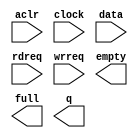
// megafunction wizard: %FIFO%VBB%
// GENERATION: STANDARD
// VERSION: WM1.0
// MODULE: scfifo 

// ============================================================
// Megafunction Name(s):
// 			scfifo
//
// Simulation Library Files(s):
// 			altera_mf
// ============================================================
// ************************************************************
// THIS IS A WIZARD-GENERATED FILE. DO NOT EDIT THIS FILE!
//
// 9.1 Build 350 03/24/2010 SP 2 SJ Full Version
// ************************************************************

//Copyright (C) 1991-2010 Altera Corporation
//Your use of Altera Corporation's design tools, logic functions 
//and other software and tools, and its AMPP partner logic 
//functions, and any output files from any of the foregoing 
//(including device programming or simulation files), and any 
//associated documentation or information are expressly subject 
//to the terms and conditions of the Altera Program License 
//Subscription Agreement, Altera MegaCore Function License 
//Agreement, or other applicable license agreement, including, 
//without limitation, that your use is for the sole purpose of 
//programming logic devices manufactured by Altera and sold by 
//Altera or its authorized distributors.  Please refer to the 
//applicable agreement for further details.

module Fifo_16x48 (
	aclr,
	clock,
	data,
	rdreq,
	wrreq,
	empty,
	full,
	q);

	input	  aclr;
	input	  clock;
	input	[47:0]  data;
	input	  rdreq;
	input	  wrreq;
	output	  empty;
	output	  full;
	output	[47:0]  q;

endmodule

// ============================================================
// CNX file retrieval info
// ============================================================
// Retrieval info: PRIVATE: AlmostEmpty NUMERIC "0"
// Retrieval info: PRIVATE: AlmostEmptyThr NUMERIC "-1"
// Retrieval info: PRIVATE: AlmostFull NUMERIC "0"
// Retrieval info: PRIVATE: AlmostFullThr NUMERIC "-1"
// Retrieval info: PRIVATE: CLOCKS_ARE_SYNCHRONIZED NUMERIC "1"
// Retrieval info: PRIVATE: Clock NUMERIC "0"
// Retrieval info: PRIVATE: Depth NUMERIC "16"
// Retrieval info: PRIVATE: Empty NUMERIC "1"
// Retrieval info: PRIVATE: Full NUMERIC "1"
// Retrieval info: PRIVATE: INTENDED_DEVICE_FAMILY STRING "Arria GX"
// Retrieval info: PRIVATE: LE_BasedFIFO NUMERIC "0"
// Retrieval info: PRIVATE: LegacyRREQ NUMERIC "0"
// Retrieval info: PRIVATE: MAX_DEPTH_BY_9 NUMERIC "0"
// Retrieval info: PRIVATE: OVERFLOW_CHECKING NUMERIC "0"
// Retrieval info: PRIVATE: Optimize NUMERIC "2"
// Retrieval info: PRIVATE: RAM_BLOCK_TYPE NUMERIC "0"
// Retrieval info: PRIVATE: SYNTH_WRAPPER_GEN_POSTFIX STRING "0"
// Retrieval info: PRIVATE: UNDERFLOW_CHECKING NUMERIC "0"
// Retrieval info: PRIVATE: UsedW NUMERIC "0"
// Retrieval info: PRIVATE: Width NUMERIC "48"
// Retrieval info: PRIVATE: dc_aclr NUMERIC "0"
// Retrieval info: PRIVATE: diff_widths NUMERIC "0"
// Retrieval info: PRIVATE: msb_usedw NUMERIC "0"
// Retrieval info: PRIVATE: output_width NUMERIC "48"
// Retrieval info: PRIVATE: rsEmpty NUMERIC "1"
// Retrieval info: PRIVATE: rsFull NUMERIC "0"
// Retrieval info: PRIVATE: rsUsedW NUMERIC "0"
// Retrieval info: PRIVATE: sc_aclr NUMERIC "1"
// Retrieval info: PRIVATE: sc_sclr NUMERIC "0"
// Retrieval info: PRIVATE: wsEmpty NUMERIC "0"
// Retrieval info: PRIVATE: wsFull NUMERIC "1"
// Retrieval info: PRIVATE: wsUsedW NUMERIC "0"
// Retrieval info: CONSTANT: ADD_RAM_OUTPUT_REGISTER STRING "OFF"
// Retrieval info: CONSTANT: INTENDED_DEVICE_FAMILY STRING "Arria GX"
// Retrieval info: CONSTANT: LPM_NUMWORDS NUMERIC "16"
// Retrieval info: CONSTANT: LPM_SHOWAHEAD STRING "ON"
// Retrieval info: CONSTANT: LPM_TYPE STRING "scfifo"
// Retrieval info: CONSTANT: LPM_WIDTH NUMERIC "48"
// Retrieval info: CONSTANT: LPM_WIDTHU NUMERIC "4"
// Retrieval info: CONSTANT: OVERFLOW_CHECKING STRING "ON"
// Retrieval info: CONSTANT: UNDERFLOW_CHECKING STRING "ON"
// Retrieval info: CONSTANT: USE_EAB STRING "ON"
// Retrieval info: USED_PORT: aclr 0 0 0 0 INPUT NODEFVAL aclr
// Retrieval info: USED_PORT: clock 0 0 0 0 INPUT NODEFVAL clock
// Retrieval info: USED_PORT: data 0 0 48 0 INPUT NODEFVAL data[47..0]
// Retrieval info: USED_PORT: empty 0 0 0 0 OUTPUT NODEFVAL empty
// Retrieval info: USED_PORT: full 0 0 0 0 OUTPUT NODEFVAL full
// Retrieval info: USED_PORT: q 0 0 48 0 OUTPUT NODEFVAL q[47..0]
// Retrieval info: USED_PORT: rdreq 0 0 0 0 INPUT NODEFVAL rdreq
// Retrieval info: USED_PORT: wrreq 0 0 0 0 INPUT NODEFVAL wrreq
// Retrieval info: CONNECT: @data 0 0 48 0 data 0 0 48 0
// Retrieval info: CONNECT: q 0 0 48 0 @q 0 0 48 0
// Retrieval info: CONNECT: @wrreq 0 0 0 0 wrreq 0 0 0 0
// Retrieval info: CONNECT: @rdreq 0 0 0 0 rdreq 0 0 0 0
// Retrieval info: CONNECT: @clock 0 0 0 0 clock 0 0 0 0
// Retrieval info: CONNECT: full 0 0 0 0 @full 0 0 0 0
// Retrieval info: CONNECT: empty 0 0 0 0 @empty 0 0 0 0
// Retrieval info: CONNECT: @aclr 0 0 0 0 aclr 0 0 0 0
// Retrieval info: LIBRARY: altera_mf altera_mf.altera_mf_components.all
// Retrieval info: GEN_FILE: TYPE_NORMAL Fifo_16x48.v TRUE
// Retrieval info: GEN_FILE: TYPE_NORMAL Fifo_16x48.inc FALSE
// Retrieval info: GEN_FILE: TYPE_NORMAL Fifo_16x48.cmp FALSE
// Retrieval info: GEN_FILE: TYPE_NORMAL Fifo_16x48.bsf TRUE
// Retrieval info: GEN_FILE: TYPE_NORMAL Fifo_16x48_inst.v FALSE
// Retrieval info: GEN_FILE: TYPE_NORMAL Fifo_16x48_bb.v TRUE
// Retrieval info: GEN_FILE: TYPE_NORMAL Fifo_16x48_waveforms.html TRUE
// Retrieval info: GEN_FILE: TYPE_NORMAL Fifo_16x48_wave*.jpg FALSE
// Retrieval info: LIB_FILE: altera_mf